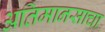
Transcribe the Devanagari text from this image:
अतिमानसाचा